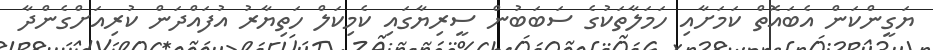
ޔަގީންކަން އެބައޮތް ކަމަށާއި ހަމަލާތަކުގެ ސަބަބުން ސީރިޔާގައި ކެމިކަލް ހަތިޔާރު އުފައްދަން ކުރިއަށްގެންދާ